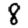
Digit: 8